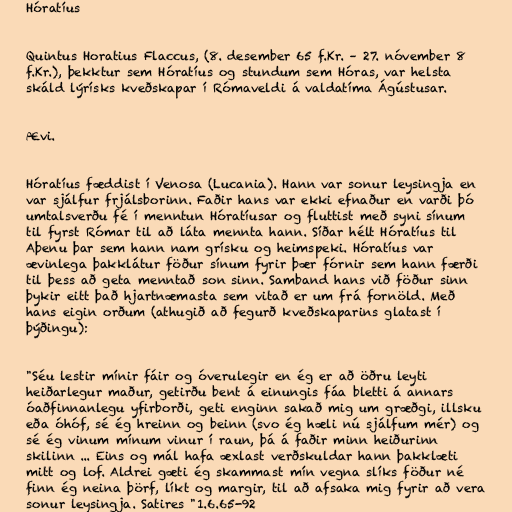
Hóratíus

Quintus Horatius Flaccus, (8. desember 65 f.Kr. – 27. nóvember 8
f.Kr.), þekktur sem Hóratíus og stundum sem Hóras, var helsta
skáld lýrísks kveðskapar í Rómaveldi á valdatíma Ágústusar.

Ævi.

Hóratíus fæddist í Venosa (Lucania). Hann var sonur leysingja en
var sjálfur frjálsborinn. Faðir hans var ekki efnaður en varði þó
umtalsverðu fé í menntun Hóratíusar og fluttist með syni sínum
til fyrst Rómar til að láta mennta hann. Síðar hélt Hóratíus til
Aþenu þar sem hann nam grísku og heimspeki. Hóratíus var
ævinlega þakklátur föður sínum fyrir þær fórnir sem hann færði
til þess að geta menntað son sinn. Samband hans við föður sinn
þykir eitt það hjartnæmasta sem vitað er um frá fornöld. Með
hans eigin orðum (athugið að fegurð kveðskaparins glatast í
þýðingu):

"Séu lestir mínir fáir og óverulegir en ég er að öðru leyti
heiðarlegur maður, getirðu bent á einungis fáa bletti á annars
óaðfinnanlegu yfirborði, geti enginn sakað mig um græðgi, illsku
eða óhóf, sé ég hreinn og beinn (svo ég hæli nú sjálfum mér) og
sé ég vinum mínum vinur í raun, þá á faðir minn heiðurinn
skilinn ... Eins og mál hafa æxlast verðskuldar hann þakklæti
mitt og lof. Aldrei gæti ég skammast mín vegna slíks föður né
finn ég neina þörf, líkt og margir, til að afsaka mig fyrir að vera
sonur leysingja. Satires "1.6.65-92